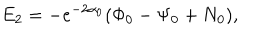
E _ { 2 } = - e ^ { - 2 \alpha _ { 0 } } ( \Phi _ { 0 } - \Psi _ { 0 } + N _ { 0 } ) ,